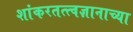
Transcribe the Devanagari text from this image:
शांकरतत्त्वज्ञानाच्या